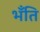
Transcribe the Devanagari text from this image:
भँति